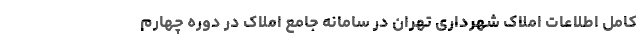
کامل اطلاعات املاک شهرداری تهران در سامانه جامع املاک در دوره چهارم